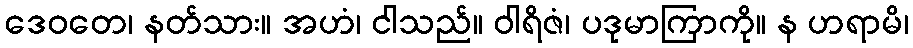
ဒေဝတေ၊ နတ်သား။ အဟံ၊ ငါသည်။ ဝါရိဇံ၊ ပဒုမာကြာကို။ န ဟရာမိ၊